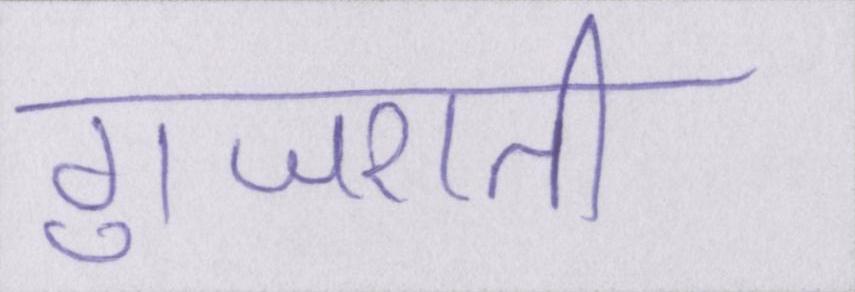
गुजराती